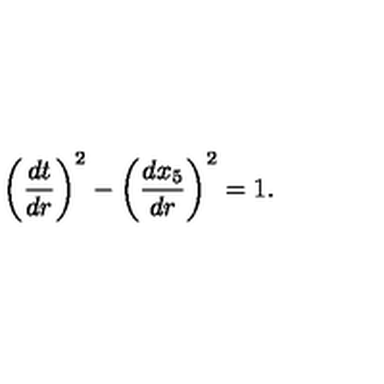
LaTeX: \left( \frac { d t } { d r } \right) ^ { 2 } - \left( \frac { d x _ { 5 } } { d r } \right) ^ { 2 } = 1 .